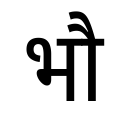
OCR:
भौ